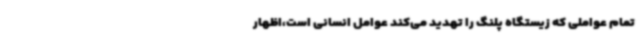
تمام عواملی که زیستگاه پلنگ را تهدید می‌کند عوامل انسانی است،اظهار